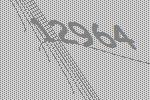
12964